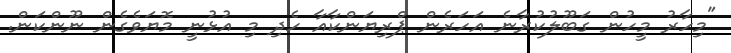
"މިހާރު މީހުން ގަބޫލުކުރާނެ އަހަރެން ޕްރިޔަންކާއާ ހެދި މި އުޅުނީ މޮޔަވެގެން ނޫންކަން.